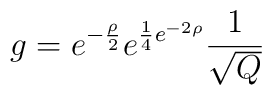
g = e^{-\frac{\rho}{2}}e^{\frac{1}{4}e^{-2\rho}}\frac{1}{\sqrt{Q}}